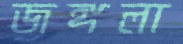
জঙ্গলা